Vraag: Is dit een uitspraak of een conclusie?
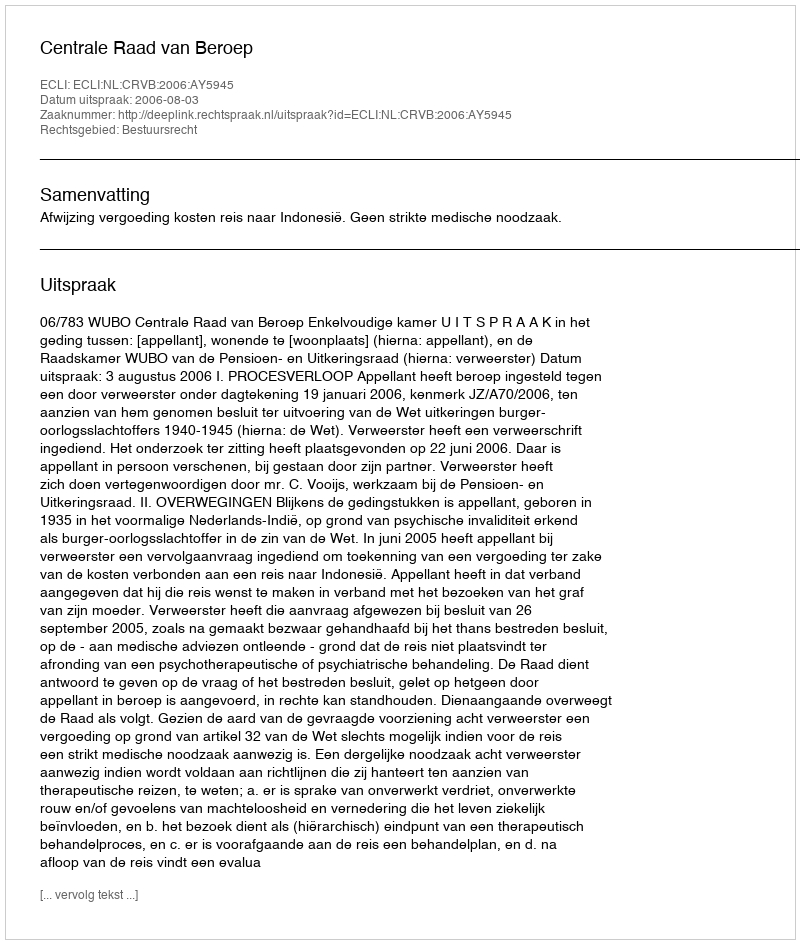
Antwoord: Uitspraak